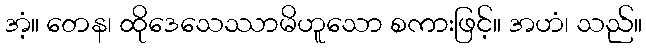
အံ့။ တေန၊ ထိုဒေသေဿာမိဟူသော စကားဖြင့်။ အဟံ၊ သည်။